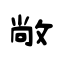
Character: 敞